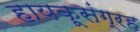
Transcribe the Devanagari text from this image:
हायकूसंग्रह